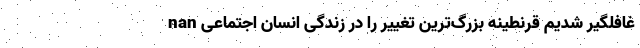
nan غافلگیر شدیم قرنطینه بزرگ‌ترین تغییر را در زندگی انسان اجتماعی